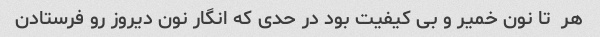
هر  تا نون خمیر و بی کیفیت بود در حدی که انگار نون دیروز رو فرستادن